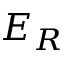
E _ { R }